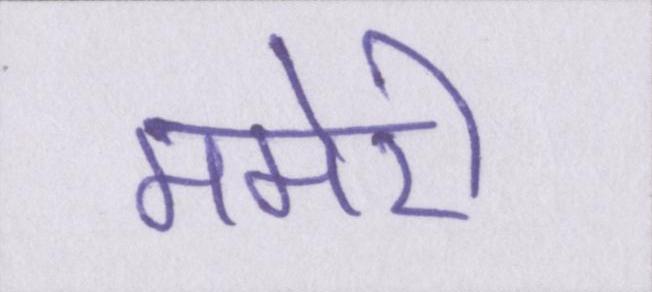
ममेरी